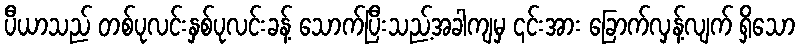
ပီယာသည် တစ်ပုလင်းနှစ်ပုလင်းခန့် သောက်ပြီးသည့်အခါကျမှ ၎င်းအား ခြောက်လှန့်လျက် ရှိသော